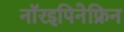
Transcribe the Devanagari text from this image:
नॉरइपिनेफ्रिन